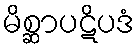
မိစ္ဆာပဋိပဒံ